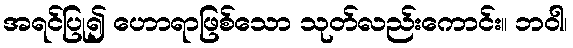
အရင်ပြု၍ ဟောရာဖြစ်သော သုတ်လည်းကောင်း။ ဘဝါ၊